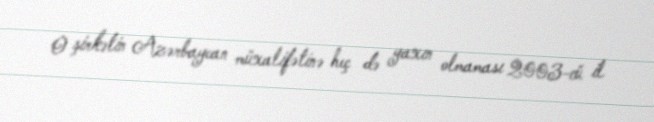
O şirkətin Azərbaycan müxalifətinə heç də yaxın olmaması 2003-cü il